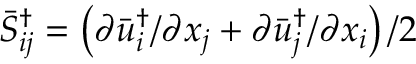
\bar { S } _ { i j } ^ { \dag } = \left( { \partial \bar { u } _ { i } ^ { \dag } / \partial { x _ { j } } + \partial \bar { u } _ { j } ^ { \dag } / \partial { x _ { i } } } \right) / 2